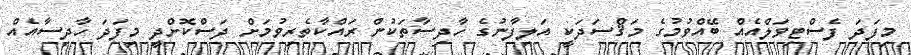
މިފަދަ ފެސްޓިވަލްއެއް ބޭއްވުމުގެ މަޤްސަދަކީ އަލިފާނުގެ ހާދިސާތަކުން ރައްކާތެރިވުމަށް ދަސްކޮށްދީ މިފަދަ ހާދިސާއެއް